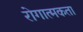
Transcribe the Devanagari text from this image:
रोगात्मकता